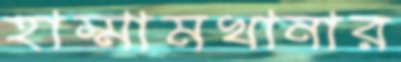
হাম্মামখানার